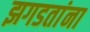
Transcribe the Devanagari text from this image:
झगडतांना